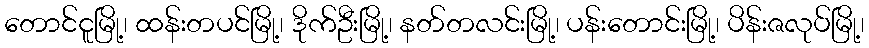
တောင်ငူမြို့၊ ထန်းတပင်မြို့၊ ဒိုက်ဦးမြို့၊ နတ်တလင်းမြို့၊ ပန်းတောင်းမြို့၊ ပိန်းဇလုပ်မြို့၊